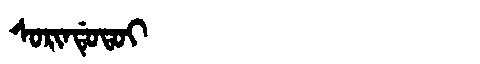
Manchu: ᠰᠣᡵᡳᠨᡩᡠᡨᠣᡳ
Romanization: SORINDUTOI